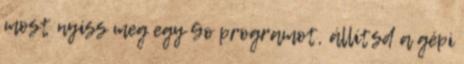
most nyiss meg egy Go programot, állítsd a gépi